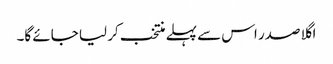
اگلا صدر اس سے پہلے منتخب کر لیا جائے گا۔